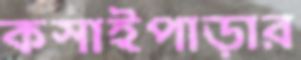
কসাইপাড়ার